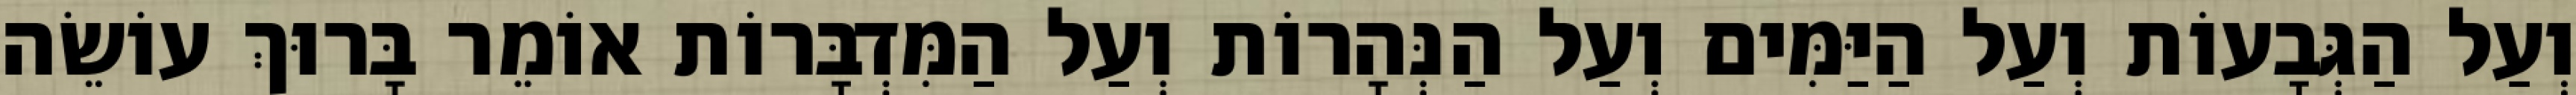
וְעַל הַגְּבָעוֹת וְעַל הַיַּמִּים וְעַל הַנְּהָרוֹת וְעַל הַמִּדְבָּרוֹת אוֹמֵר בָּרוּךְ עוֹשֵׂה